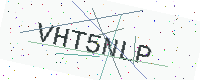
Text: VHT5NLP